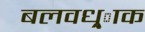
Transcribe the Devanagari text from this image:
बलवध्र्ाक